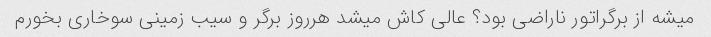
میشه از برگراتور ناراضی بود؟ عالی کاش میشد هرروز برگر و سیب زمینی سوخاری بخورم